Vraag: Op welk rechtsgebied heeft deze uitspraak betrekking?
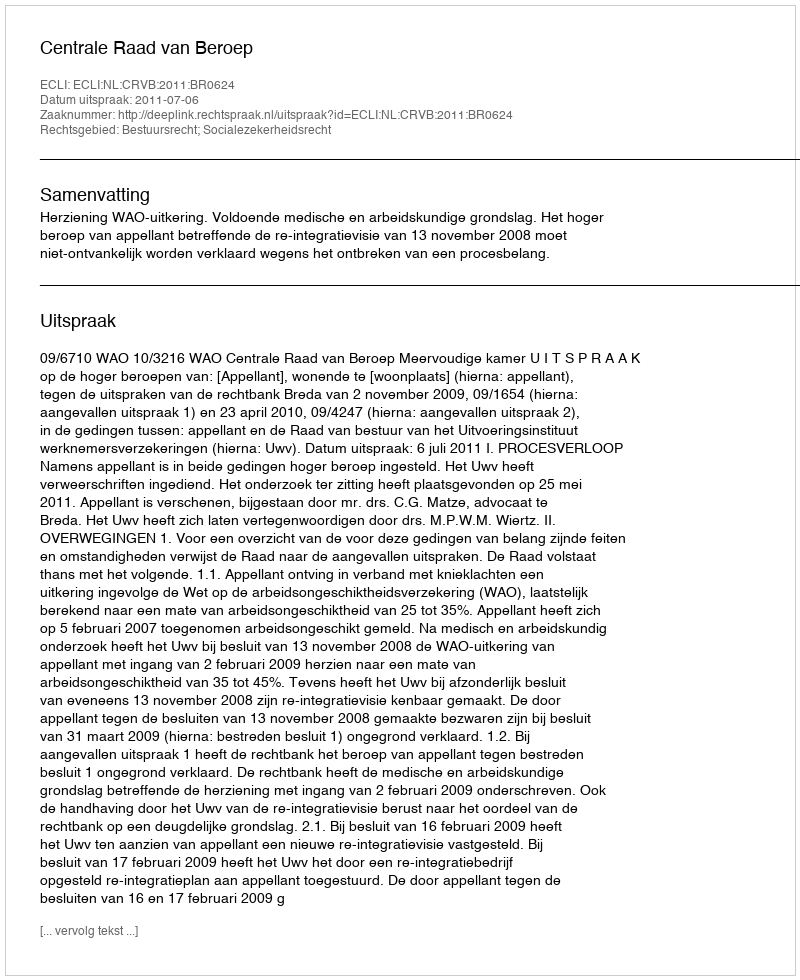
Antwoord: Bestuursrecht; Socialezekerheidsrecht